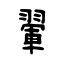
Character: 翬